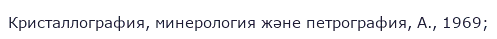
Кристаллография, минерология және петрография, А., 1969;